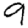
Digit: 9